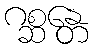
ဂစ္ဆန္တေ